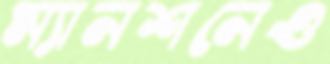
ম্যানশনেও